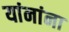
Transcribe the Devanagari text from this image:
यांनांना